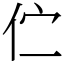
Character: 伫